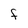
Character: f